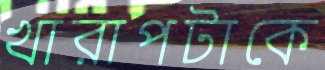
খারাপটাকে